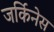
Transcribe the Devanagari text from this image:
जर्किनेस